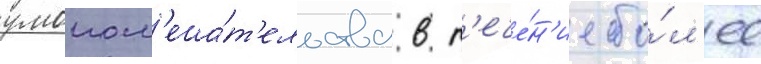
умопом'еша́т'ельства в т'ече́н'ие бо́л'ее